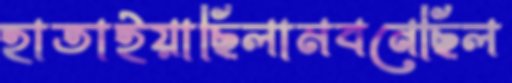
হাতাইয়াছিলামবনেছিল